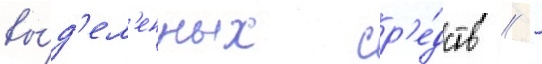
вы́д'ел'енных ср'е́дств // -